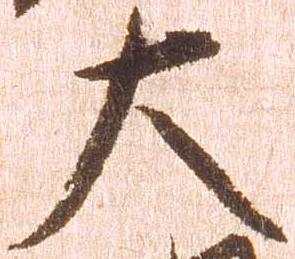
大